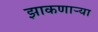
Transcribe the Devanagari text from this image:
झाकणाऱ्या